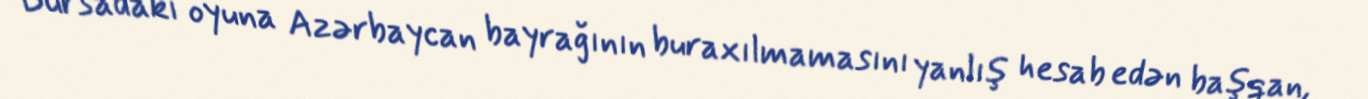
Bursadakı oyuna Azərbaycan bayrağının buraxılmamasını yanlış hesab edən başqan,